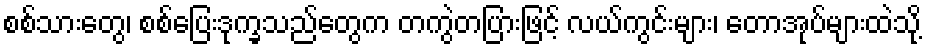
စစ်သားတွေ၊ စစ်ပြေးဒုက္ခသည်တွေက တကွဲတပြားဖြင့် လယ်ကွင်းများ၊ တောအုပ်များထဲသို့